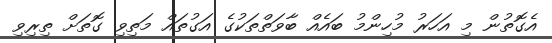
އެގޮތުން މި އަހަރު މުހިންމު ބައެއް ބާވަތްތަކުގެ އަގުތައް މަތިވި ގޮތަށް ތިރިވި